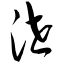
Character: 泄